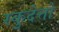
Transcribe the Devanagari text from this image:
स्कुदेत्तो